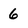
Character: 6